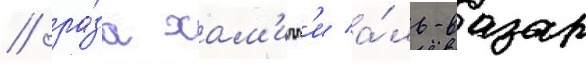
/ ра́за хам'идм'и а́ль-вазар